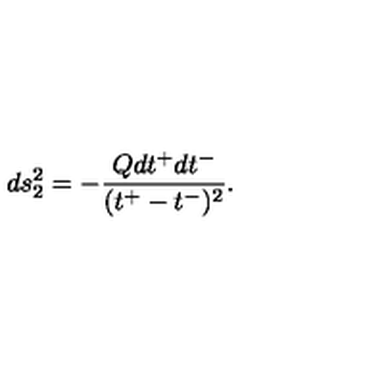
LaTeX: d s _ { 2 } ^ { 2 } = - \frac { Q d t ^ { + } d t ^ { - } } { ( t ^ { + } - t ^ { - } ) ^ { 2 } } .